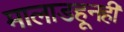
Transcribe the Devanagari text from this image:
मालाडहूनही